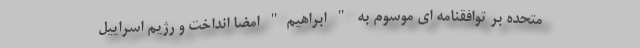
متحده بر توافقنامه ای موسوم به " ابراهیم" امضا انداخت و رژیم اسراییل